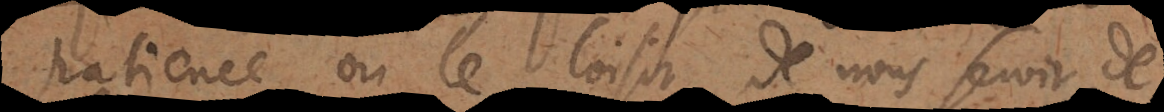
patience ou le loisir de nous servir de